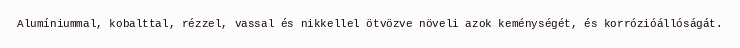
Alumíniummal, kobalttal, rézzel, vassal és nikkellel ötvözve növeli azok keménységét, és korrózióállóságát.